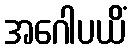
အဂေါပယိံ